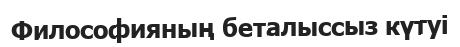
Философияның беталыссыз күтуі